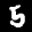
Label: 5